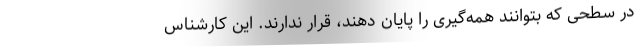
در سطحی که بتوانند همه‌گیری را پایان دهند، قرار ندارند. این کارشناس